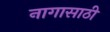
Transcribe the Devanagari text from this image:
नागासाठी